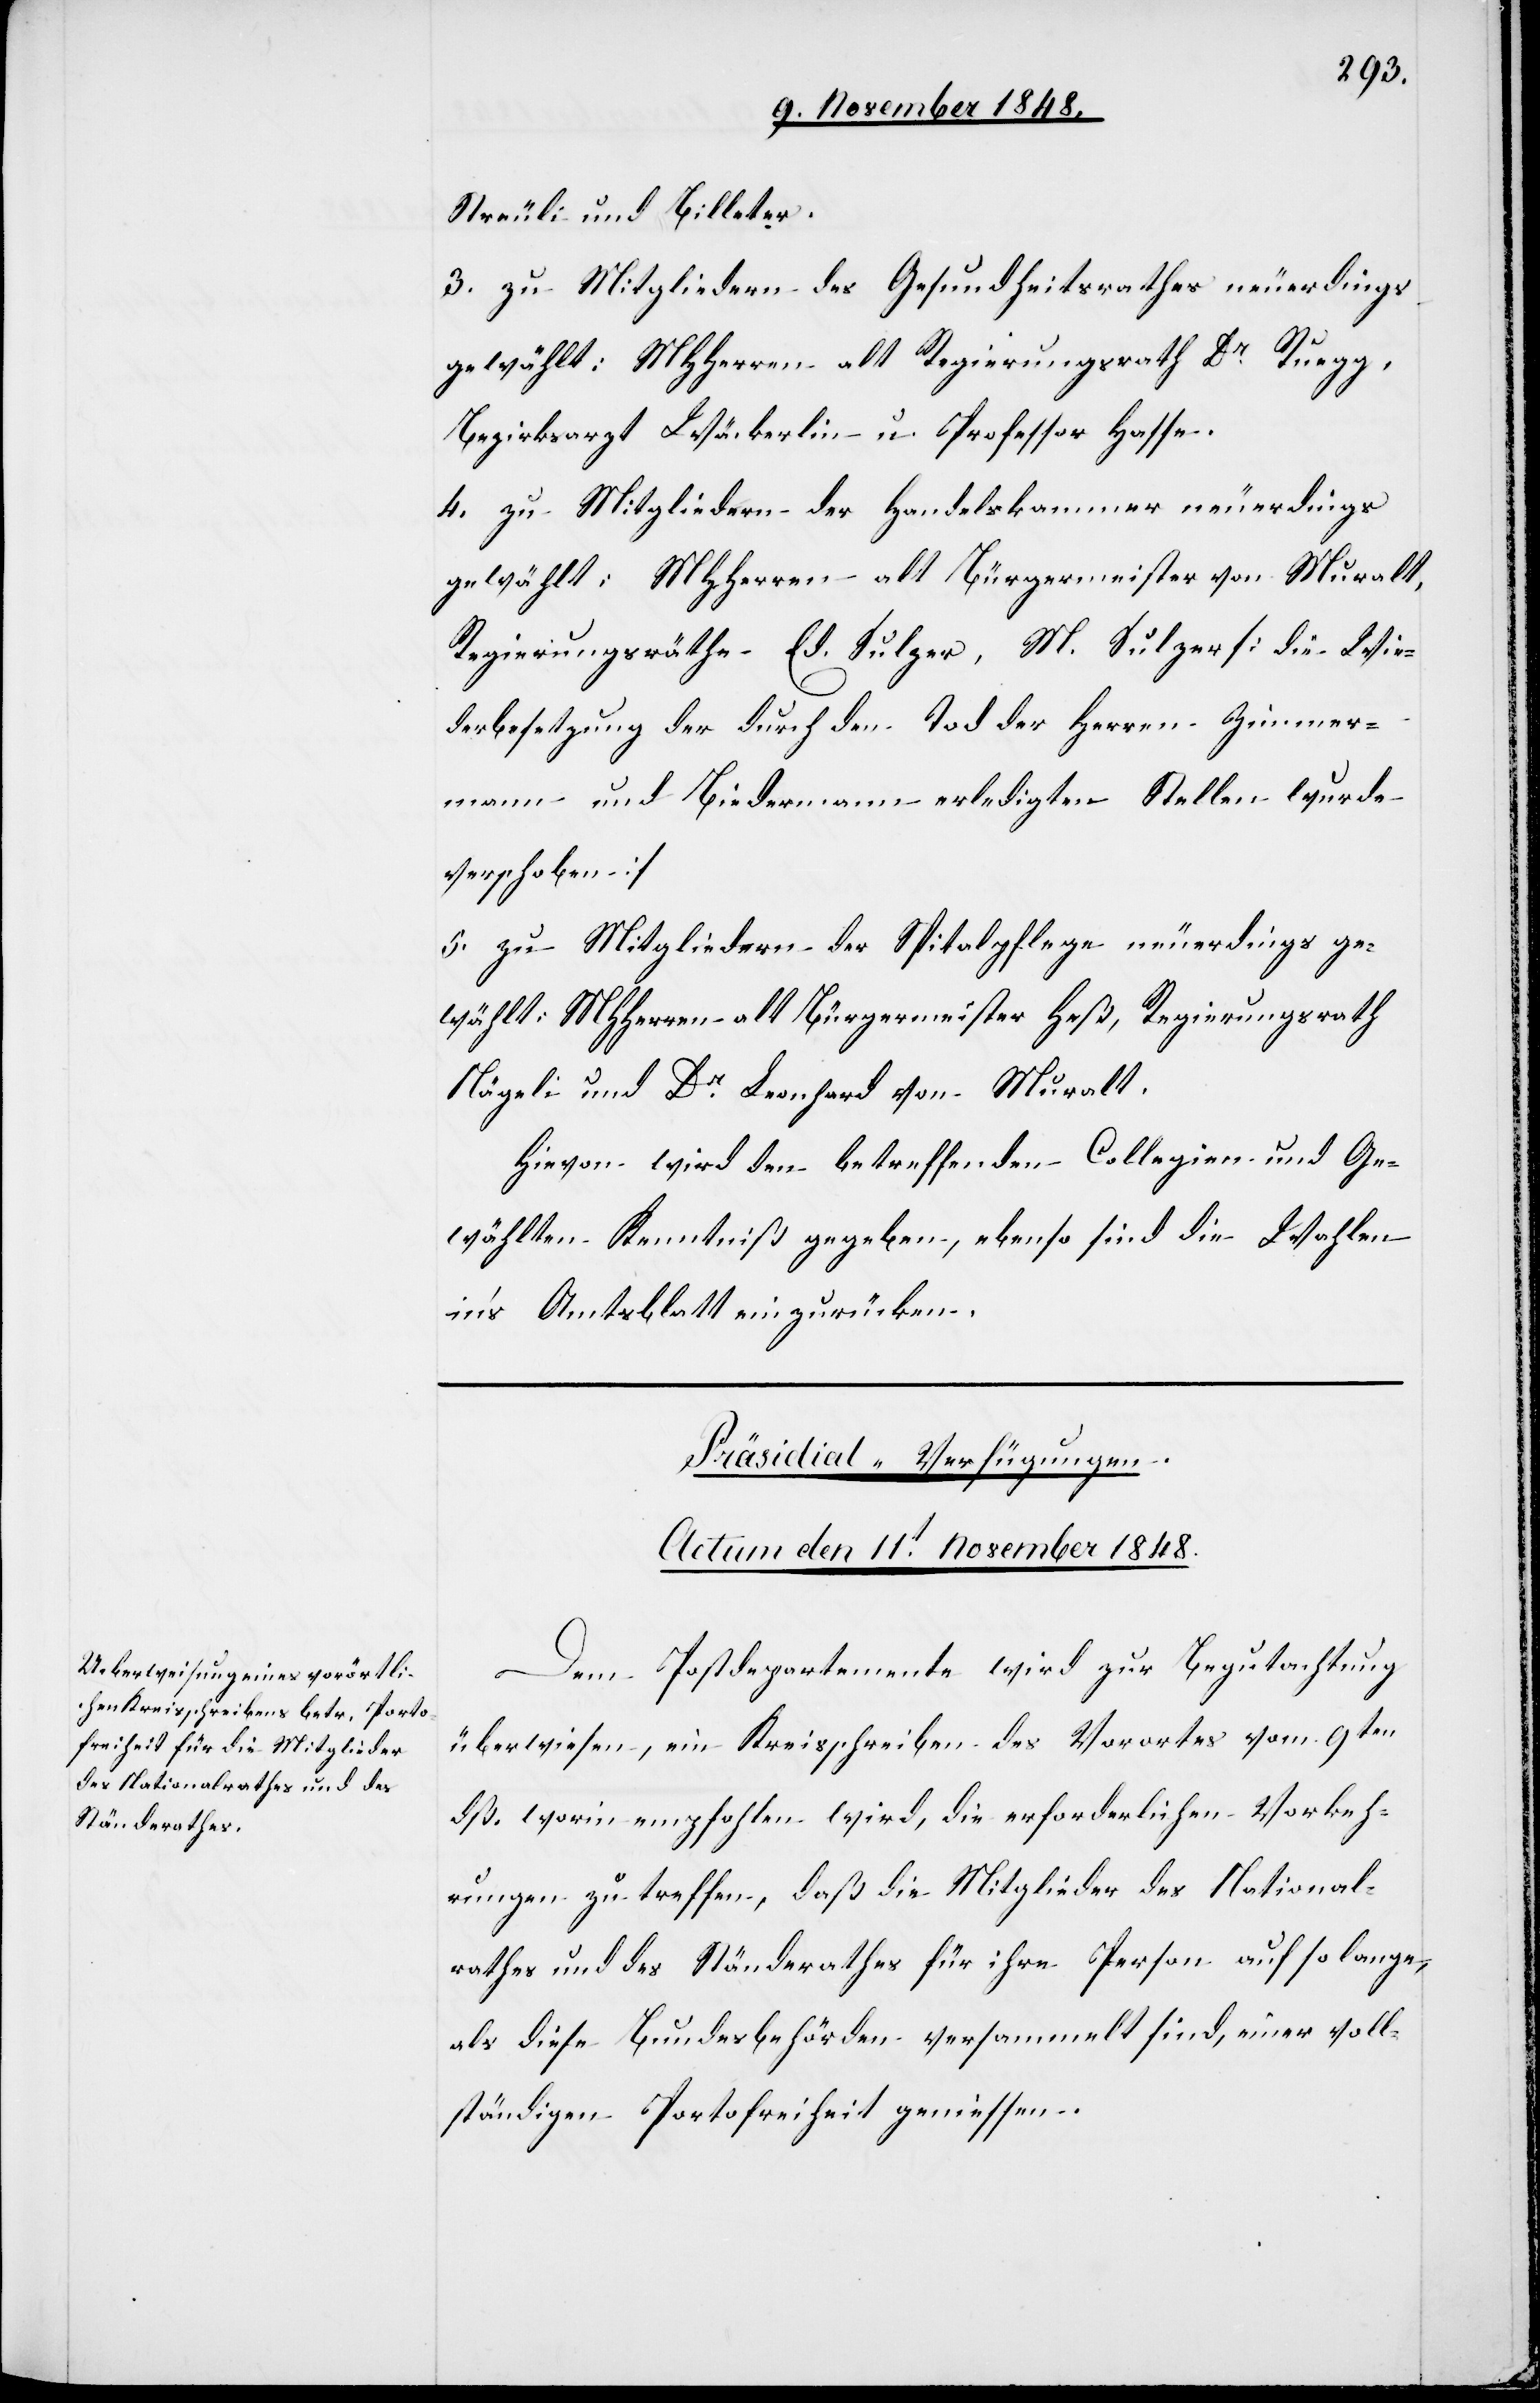
Streuli und Billeter.
3. zu Mitgliedern des Gesundheitsrathes neuerdings
gewählt: MHerren alt Regierungsrath Dr Ruegg,
Bezirksarzt Wäckerlin u. Professor Hasse.
4. zu Mitgliedern der Handelskammer neuerdings
gewählt: MHHerren alt Bürgermeister von Muralt,
Regierungsräthe Ed. Sulzer, M. Sulzer [die Wie¬
derbesetzung der durch den Tod der Herren Zimmer¬
mann und Biedermann erledigten Stellen wurde
verschoben]
5. zu Mitgliedern der Spitalpflege neuerdings ge¬
wählt: MHHerren alt Bürgermeister Heß, Regierungsrath
Nägeli und Dr Leonhard von Muralt.
Hievon wird den betreffenden Collegien und Ge¬
wählten Kenntniß gegeben, ebenso sind die Wahlen
in’s Amtsblatt einzurücken.
Präsidial-Verfügungen.
Actum den 11t November 1848.
Dem Postdepartemente wird zur Begutachtung
überwiesen, ein Kreisschreiben des Vorortes vom 9ten
dß. worin empfohlen wird, die erforderlichen Vorkeh¬
rungen zu treffen, daß die Mitglieder des National¬
rathes und des Ständerathes für ihre Person auf so lange,
als diese Bundesbehörden versammelt sind, einer voll¬
ständigen Portofreiheit genießen.